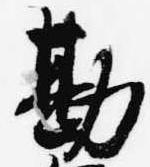
勘